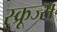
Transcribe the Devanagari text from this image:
स्क्रूज्स